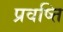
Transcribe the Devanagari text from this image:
प्रवष्त्ति